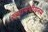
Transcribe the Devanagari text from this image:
ख़्शायथ़ीयनम